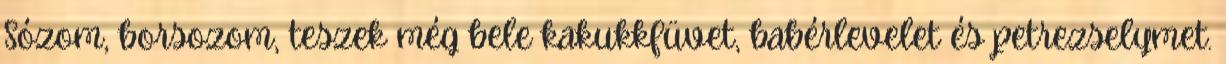
Sózom, borsozom, teszek még bele kakukkfüvet, babérlevelet és petrezselymet.